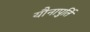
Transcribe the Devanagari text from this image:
यौनापुर्ति